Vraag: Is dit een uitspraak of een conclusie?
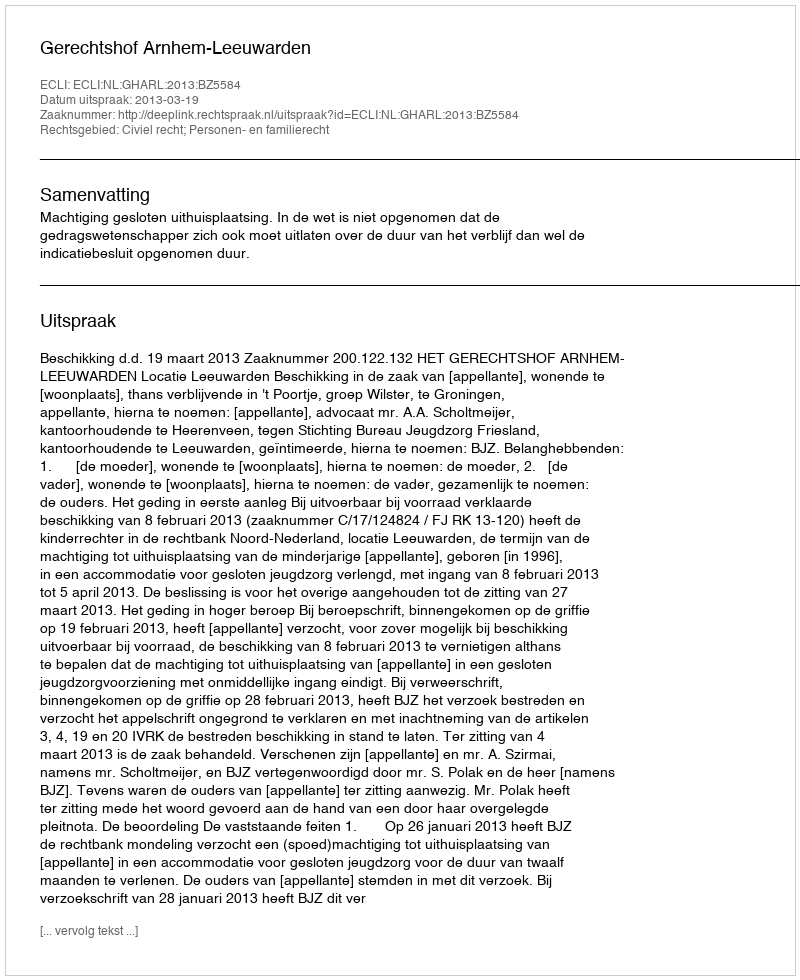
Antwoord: Uitspraak